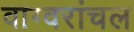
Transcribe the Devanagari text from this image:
वाग्वरांचल